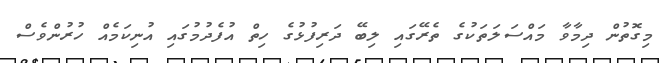
މިގޮތުން ދިމާވާ މައްސަލަތަކުގެ ތެރޭގައި ލިބޭ ދަރިފުޅުގެ ހިތް އުފެދުމުގައި އުނިކަމެއް ހުރުންވެސް